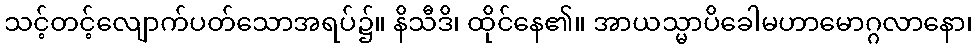
သင့်တင့်လျောက်ပတ်သောအရပ်၌။ နိသီဒိ၊ ထိုင်နေ၏။ အာယသ္မာပိခေါမဟာမောဂ္ဂလာနော၊